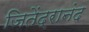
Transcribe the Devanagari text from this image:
जितेंद्रानंद